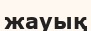
жауық